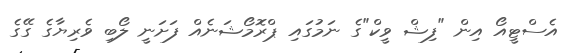
އެސްޓީއޯ އިން "ފިޝް ވީކް"ގެ ނަމުގައި ޕްރޮމޯޝަނެއް ފަށަނީ ލޯބި ވެރިޔާގެ ގޭގެ